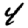
Digit: 4